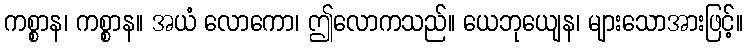
ကစ္စာန၊ ကစ္စာန။ အယံ လောကော၊ ဤလောကသည်။ ယေဘုယျေန၊ များသောအားဖြင့်။